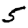
Digit: 5